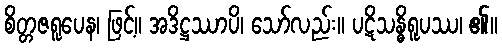
စိတ္တဇရူပေန၊ ဖြင့်။ အဒိဋ္ဌဿာပိ၊ သော်လည်း။ ပဋိသန္ဓိရူပဿ၊ ၏။